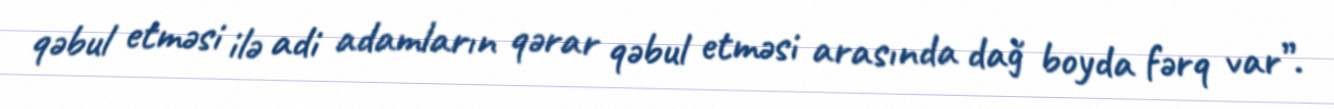
qəbul etməsi ilə adi adamların qərar qəbul etməsi arasında dağ boyda fərq var”.